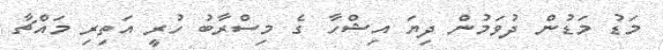
މަޑު މަޑުން ދުވަމުން ދިޔަ އިޝްހާ ގެ މިސްރާބު ހުރީ އަތިރި މައްޗާ